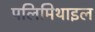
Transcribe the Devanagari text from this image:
पलिमिथाइल